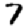
Digit: 7